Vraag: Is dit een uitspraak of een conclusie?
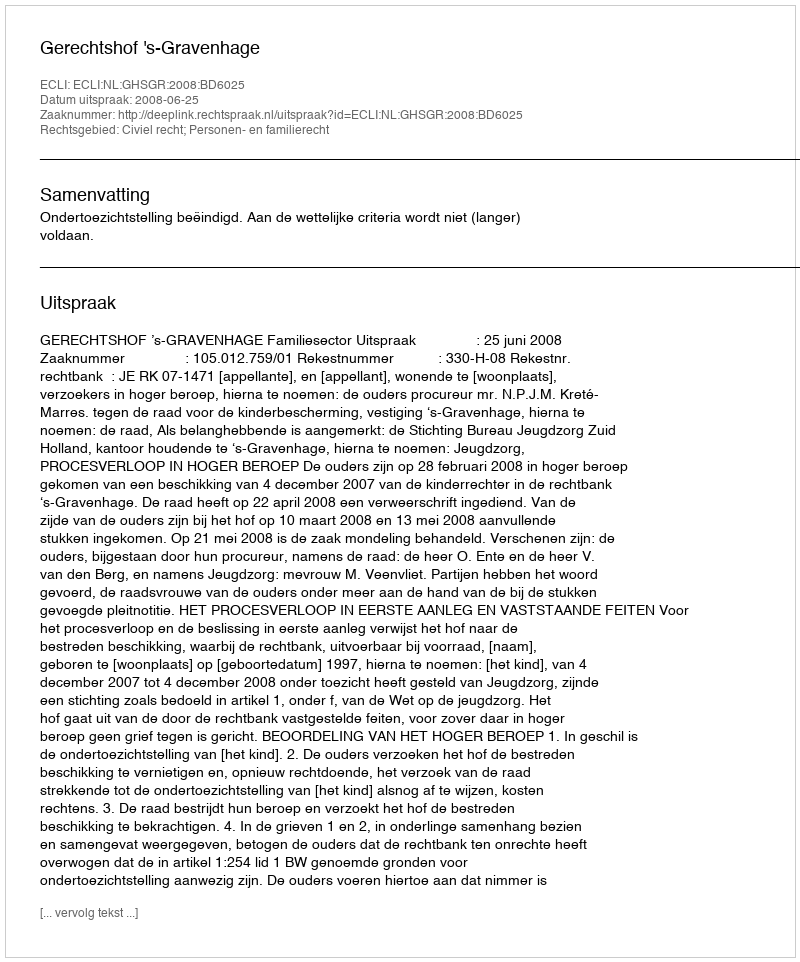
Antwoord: Uitspraak